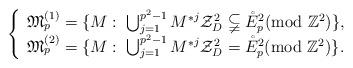
LaTeX: \begin{align*}\left\{\begin{array}{ll}\mathfrak{M}_p^{(1)}=\{M:\;\bigcup_{j=1}^{p^2-1}{M^*}^j\mathcal{Z}_{D}^2\subsetneqq \mathring{E}_p^2 ({\rm{mod}} \ \mathbb{Z}^2)\},\\\mathfrak{M}_p^{(2)}=\{M:\;\bigcup_{j=1}^{p^2-1}{M^*}^j\mathcal{Z}_{D}^2=\mathring{E}_p^2({\rm{mod}} \ \mathbb{Z}^2)\}.\end{array}\right.\end{align*}